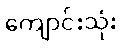
ကျောင်းသုံး